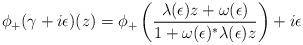
LaTeX: \begin{align*}\phi_+(\gamma+i\epsilon)(z)=\phi_+\left(\frac{\lambda(\epsilon)z+\omega(\epsilon)}{1+\omega(\epsilon)^*\lambda(\epsilon)z}\right)+i\epsilon\end{align*}